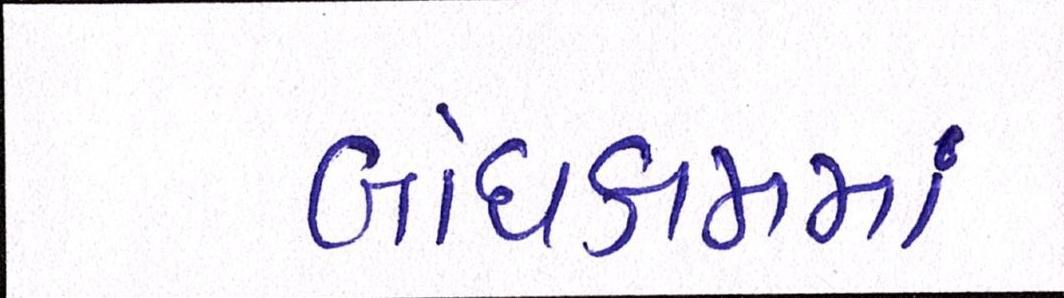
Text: બાંધકામમાં